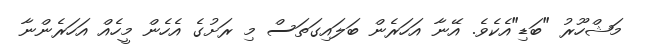
މަޝްހޫރު "ބަޑި"އެކެވެ. އޭނާ އަހަރެން ބަލައިގަތަސް މި ރަށުގެ އެހެން މީހެއް އަހަރެންނާ